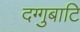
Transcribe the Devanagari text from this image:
दग्गुबाटि